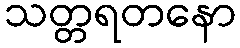
သတ္တရတနော